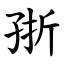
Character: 㝂